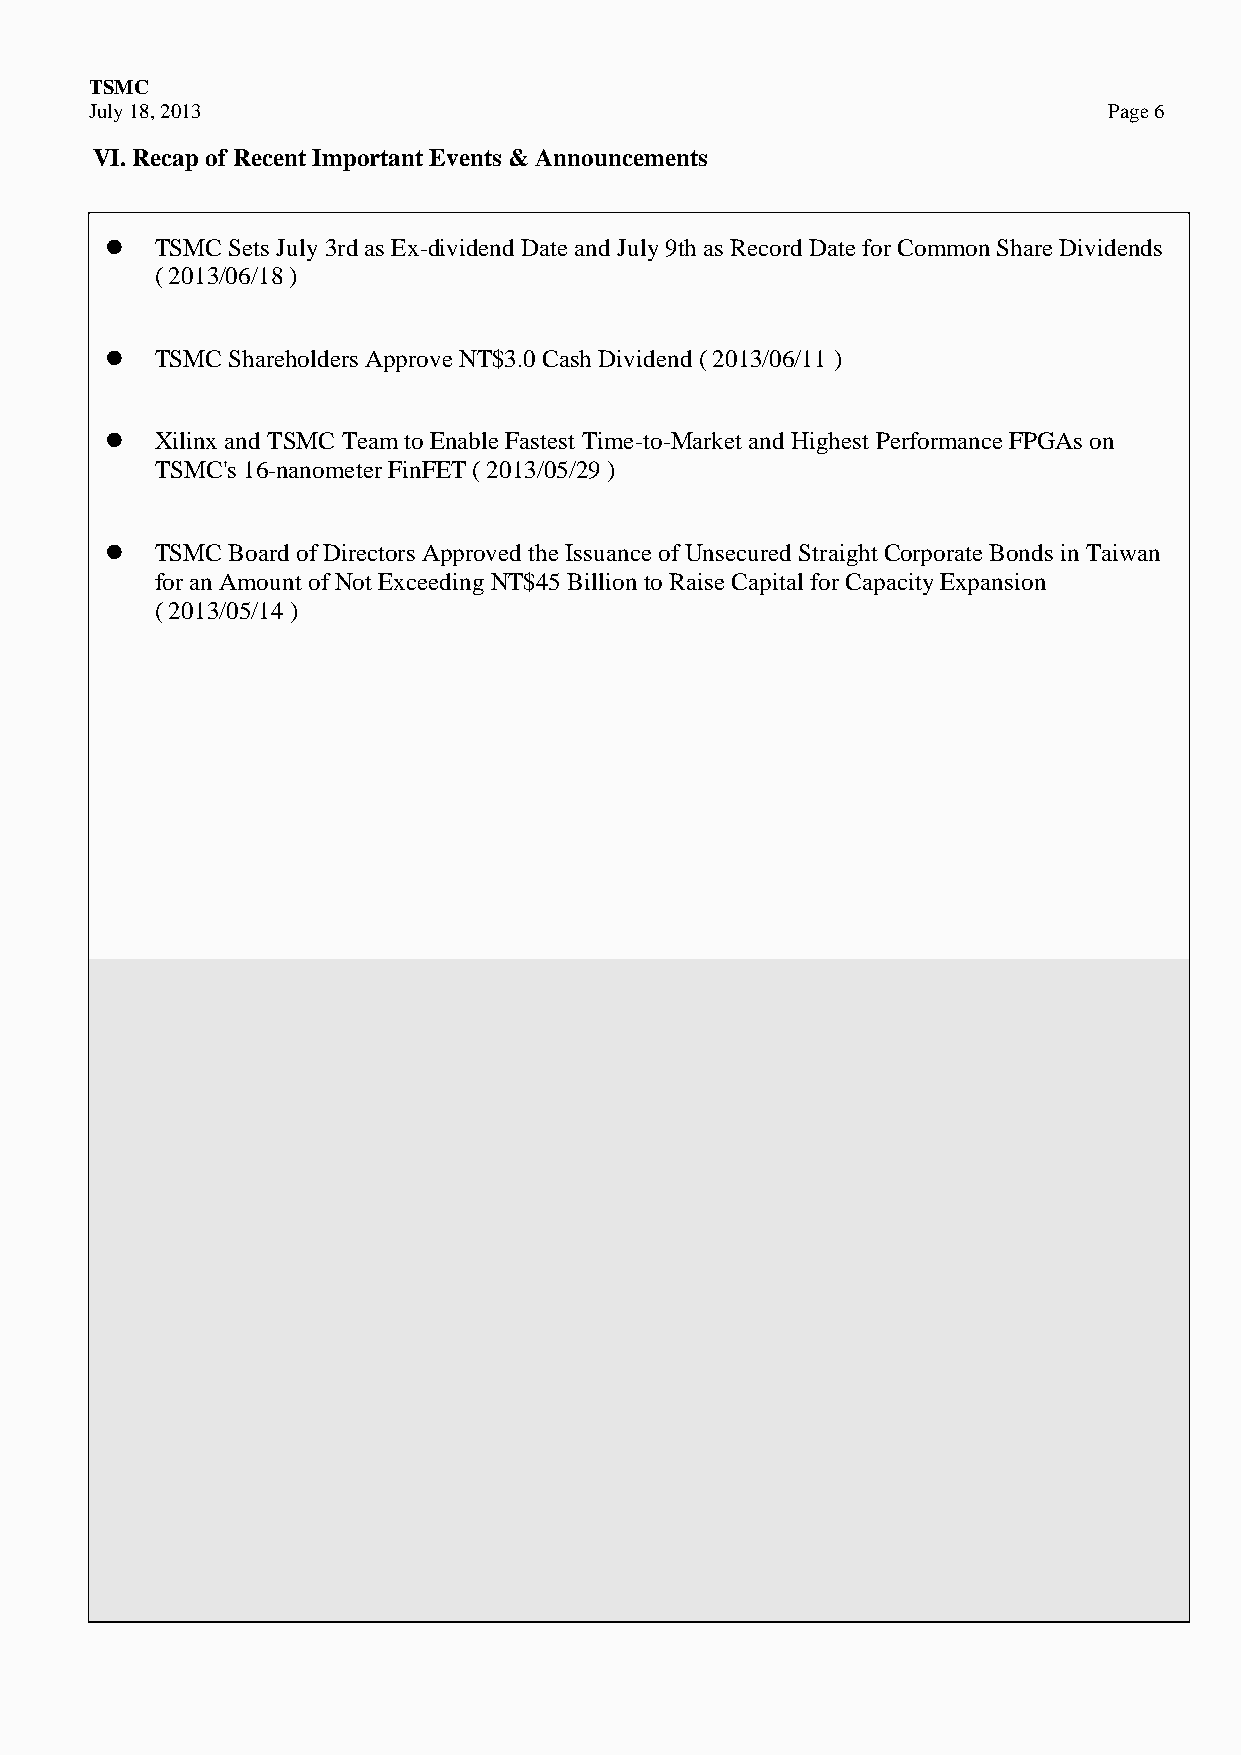
TSMC
 July 18, 2013                                                      Page 6
 VI. Recap of Recent Important Events & Announcements
   TSMC Sets July 3rd as Ex-dividend Date and July 9th as Record Date for Common Share Dividends
 ( 2013/06/18 )
   TSMC Shareholders Approve NT$3.0 Cash Dividend ( 2013/06/11 )
   Xilinx and TSMC Team to Enable Fastest Time-to-Market and Highest Performance FPGAs on
 TSMC's 16-nanometer FinFET ( 2013/05/29 )
   TSMC Board of Directors Approved the Issuance of Unsecured Straight Corporate Bonds in Taiwan
 for an Amount of Not Exceeding NT$45 Billion to Raise Capital for Capacity Expansion
 ( 2013/05/14 )